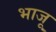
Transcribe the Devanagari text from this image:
भाजू